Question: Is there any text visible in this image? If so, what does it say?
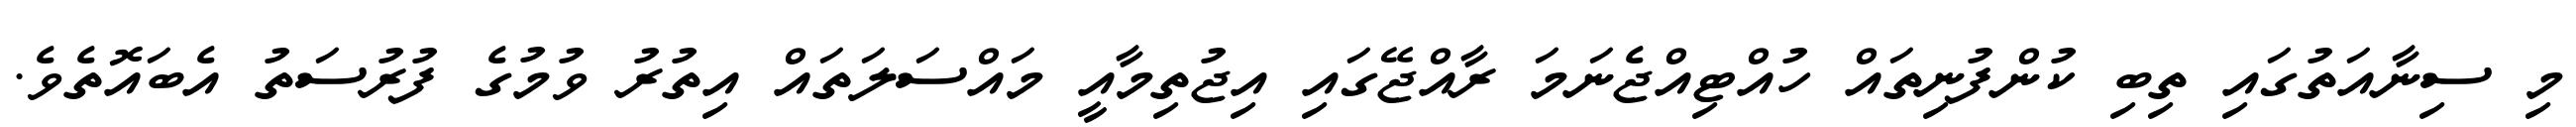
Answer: މި ސިނާއަތުގައި ތިބި ކުންފުނިތައް ހުއްޓިއްޖެނަމަ ރާއްޖޭގައި އިޖުތިމާއީ މައްސަލަތައް އިތުރު ވުމުގެ ފުރުސަތު އެބައޮތެވެ.